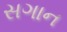
સગાન